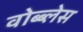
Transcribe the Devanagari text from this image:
वोब्ब्लेस